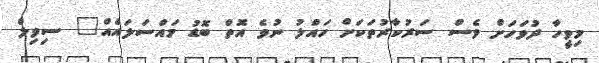
މިވީހާ ދުވަހަށް ވެސް ސަރުކާރުތަކަށް ހައްލު ނުވެ އޮތް ބޮޑު މައްސަލައެއް" ސިވިލް